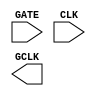
// This program was cloned from: https://github.com/AUCOHL/Lighter
// License: Apache License 2.0

 /*
 	Copyright 2022 AUC Open Source Hardware Lab
	
	Licensed under the Apache License, Version 2.0 (the "License"); 
	you may not use this file except in compliance with the License. 
	You may obtain a copy of the License at:

	http://www.apache.org/licenses/LICENSE-2.0

	Unless required by applicable law or agreed to in writing, software 
	distributed under the License is distributed on an "AS IS" BASIS, 
	WITHOUT WARRANTIES OR CONDITIONS OF ANY KIND, either express or implied. 
	See the License for the specific language governing permissions and 
	limitations under the License.
*/
 
 (* blackbox *)
module sky130_fd_sc_hvl__dlclkp_1 (
  input GATE,
  input CLK,
  output GCLK);
endmodule

// (* blackbox *)
//module sky130_fd_sc_hvl__dlclkp_2 (
//  input GATE,
//  input CLK,
//  output GCLK);
//endmodule

// (* blackbox *)
//module sky130_fd_sc_hvl__dlclkp_4 (
//  input GATE,
//  input CLK,
//  output GCLK);
//endmodule